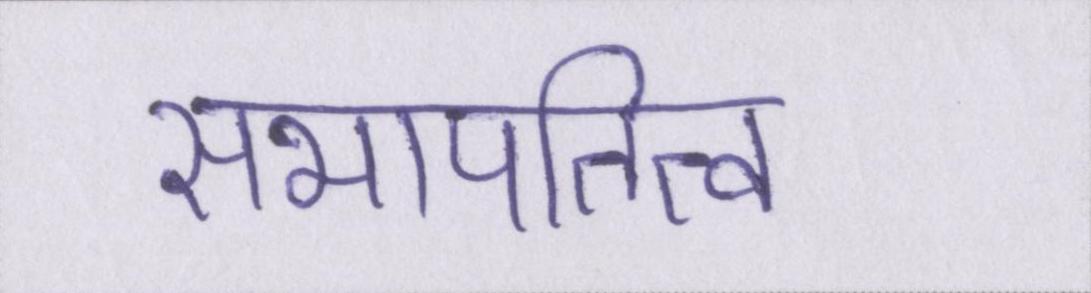
सभापतित्व